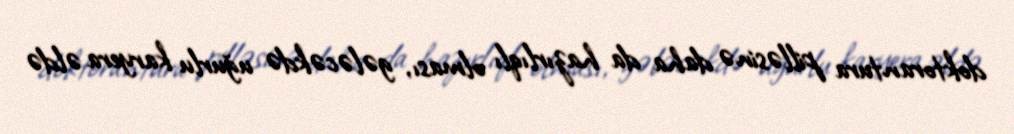
doktorantura pilləsinə daha da hazırlıqlı olması, gələcəkdə uğurlu karyera əldə